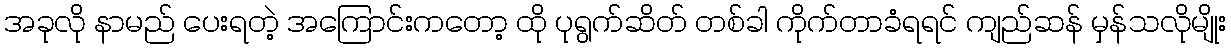
အခုလို နာမည် ပေးရတဲ့ အကြောင်းကတော့ ထို ပုရွက်ဆိတ် တစ်ခါ ကိုက်တာခံရရင် ကျည်ဆန် မှန်သလိုမျိုး